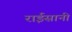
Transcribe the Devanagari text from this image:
राईसानी